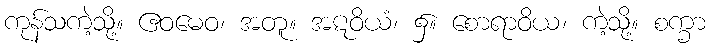
ကုန်သကဲ့သို့။ ဧဝမေဝ၊ အတူ။ အဋဝိယံ၊ ၌။ စောရာဝိယ၊ ကဲ့သို့။ စက္ခာ